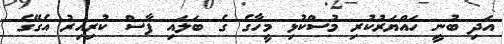
އަދި ބުނީ ހައްޔަރުކުރި މުސްކުޅި މީހާގެ ގެ ބަލައި ފާސް ކުރިއިރު އެގޭގެ